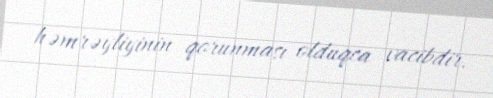
həmrəyliyinin qorunması olduqca vacibdir.